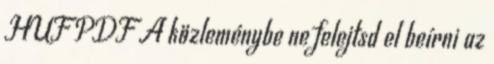
HUF PDF A közleménybe ne felejtsd el beírni az